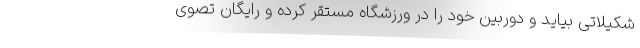
شکیلاتی بیاید و دوربین خود را در ورزشگاه مستقر کرده و رایگان تصوی